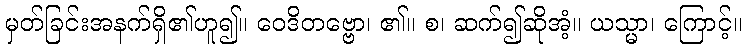
မှတ်ခြင်းအနက်ရှိ၏ဟူ၍။ ဝေဒိတဗ္ဗော၊ ၏။ စ၊ ဆက်၍ဆိုအံ့။ ယသ္မာ၊ ကြောင့်။